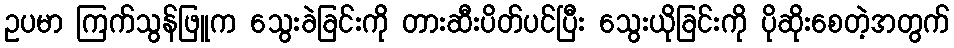
ဥပမာ ကြက်သွန်ဖြူက သွေးခဲခြင်းကို တားဆီးပိတ်ပင်ပြီး သွေးယိုခြင်းကို ပိုဆိုးစေတဲ့အတွက်